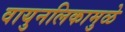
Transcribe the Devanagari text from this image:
वायुनलिकामुळे